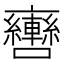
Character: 𨏯